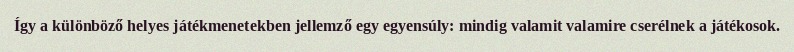
Így a különböző helyes játékmenetekben jellemző egy egyensúly: mindig valamit valamire cserélnek a játékosok.